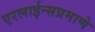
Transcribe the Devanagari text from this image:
एरलाईन्सप्रमाणे